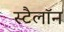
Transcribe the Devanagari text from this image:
स्टैलॉन